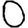
Digit: 0